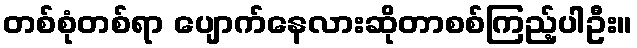
တစ်စုံတစ်ရာ ပျောက်နေလားဆိုတာစစ်ကြည့်ပါဦး။